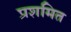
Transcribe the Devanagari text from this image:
प्रशमित